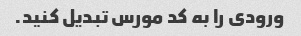
ورودی را به کد مورس تبدیل کنید.